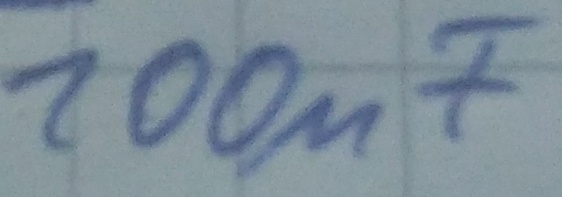
Text: 100µF